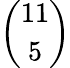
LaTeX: \binom{11}{5}